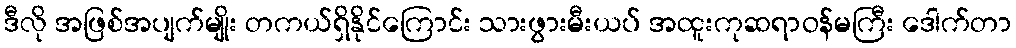
ဒီလို အဖြစ်အပျက်မျိုး တကယ်ရှိနိုင်ကြောင်း သားဖွားမီးယပ် အထူးကုဆရာဝန်မကြီး ဒေါက်တာ